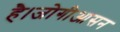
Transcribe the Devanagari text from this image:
है।जोगीआसन